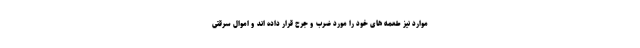
موارد نیز طعمه های خود را مورد ضرب و جرح قرار داده اند و اموال سرقتی